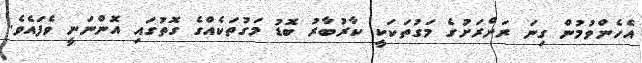
އެހެންވުމުން ގިނަ ރަށްރަށުގެ މަގުތަކަކީ ކާރުބާރު ބޮޑު މަގުތަކެއްގެ ގޮތުގައި އޮންނަނީ ވެފައެވެ.